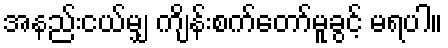
အနည်းငယ်မျှ ကျိန်းစက်တော်မူခွင့် မရပါ။